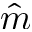
\hat { m }